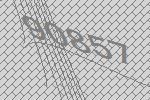
90857